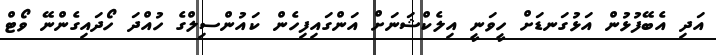
އަދި އެބޭފުޅުން އަޅުގަނޑަށް ހީވަނީ އިލެކްޝަނަށް އަންގައިފިހެން ކައުންސިލްގެ ހުއްދަ ހޯދައިގެންނޭ ވޯޓް